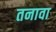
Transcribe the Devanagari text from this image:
तनावा